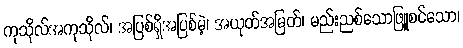
ကုသိုလ်အကုသိုလ်၊ အပြစ်ရှိအပြစ်မဲ့၊ အယုတ်အမြတ်၊ မည်းညစ်သောဖြူစင်သော၊